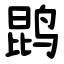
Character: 鹍